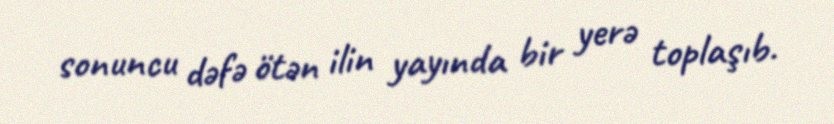
sonuncu dəfə ötən ilin yayında bir yerə toplaşıb.